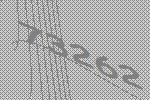
73262